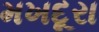
મખદૂરા